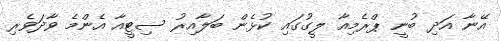
އޭނާ އަދި ބުނީ ޕްރެމިއާ ލީގުގައި ކުޅެން ބަލާއިރު ސިޓީއާ އެންމެ ވާދަވެރި